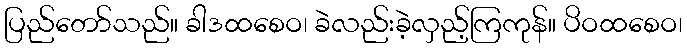
ပြည်တော်သည်။ ခါဒထစေဝ၊ ခဲလည်းခဲ့လှည့်ကြကုန်။ ပိဝထစေဝ၊